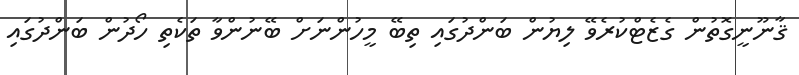
ޤާނޫނީގޮތުން ގެޒެޓްކުރެވޭ ލިޔުން ބަންދުގައި ތިބޭ މީހުންނަށް ބޭނުންވާ ތަކެތި ހޯދުން ބަންދުގައި